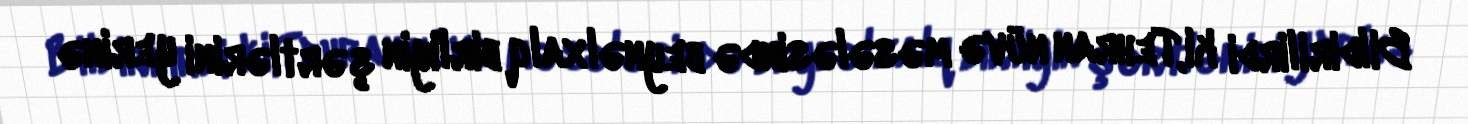
Bildirilirdi ki,Tehran nüvə məsələsində beynəlxalq birliyin şərtlərini yerinə